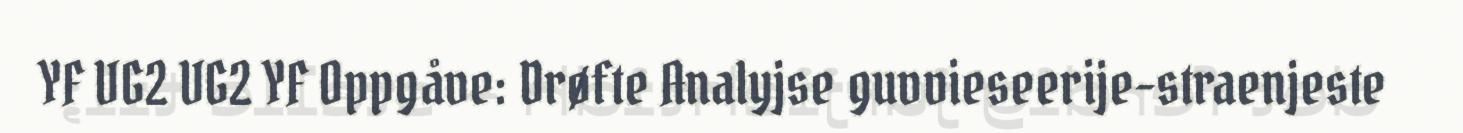
YF VG2 VG2 YF Oppgåve: Drøfte Analyjse guvvieseerije-straenjeste